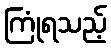
ကြုံရသည့်